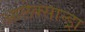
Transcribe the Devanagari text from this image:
आलेक्सान्ड्रा